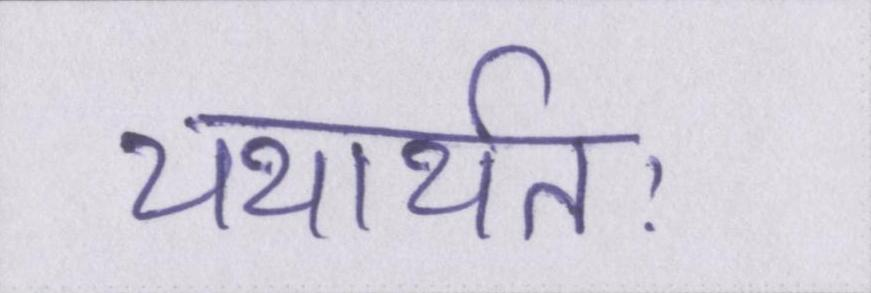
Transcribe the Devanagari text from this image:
यथार्थतः